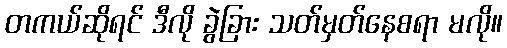
တကယ်ဆိုရင် ဒီလို ခွဲခြား သတ်မှတ်နေစရာ မလို။